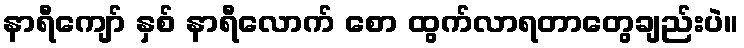
နာရီကျော် နှစ် နာရီလောက် စော ထွက်လာရတာတွေချည်းပဲ။